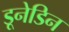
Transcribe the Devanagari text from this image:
डूनेडिन